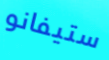
ستيفانو